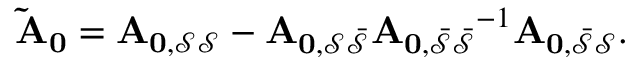
\mathbf { \tilde { A } _ { 0 } } = \mathbf { A _ { 0 , \mathcal { S } \mathcal { S } } } - \mathbf { A _ { 0 , \mathcal { S } \mathcal { \bar { S } } } } \mathbf { A _ { 0 , \mathcal { \bar { S } } \mathcal { \bar { S } } } } ^ { - 1 } \mathbf { A _ { 0 , \mathcal { \bar { S } } \mathcal { { S } } } } .